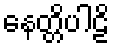
နေတ္တိပါဠိ